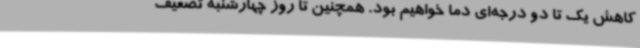
کاهش یک تا دو درجه‌ای دما خواهیم بود. همچنین تا روز چهارشنبه تضعیف